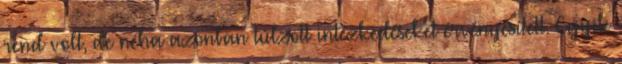
rend volt, de néha azonban túlzott intézkedéseket érvényesített. Egyik